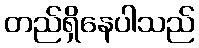
တည်ရှိနေပါသည်